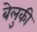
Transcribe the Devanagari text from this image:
बेलुकी